65_HS1-834228961_62-HQ-83894_Section_6
Agency: FBI
Page 142
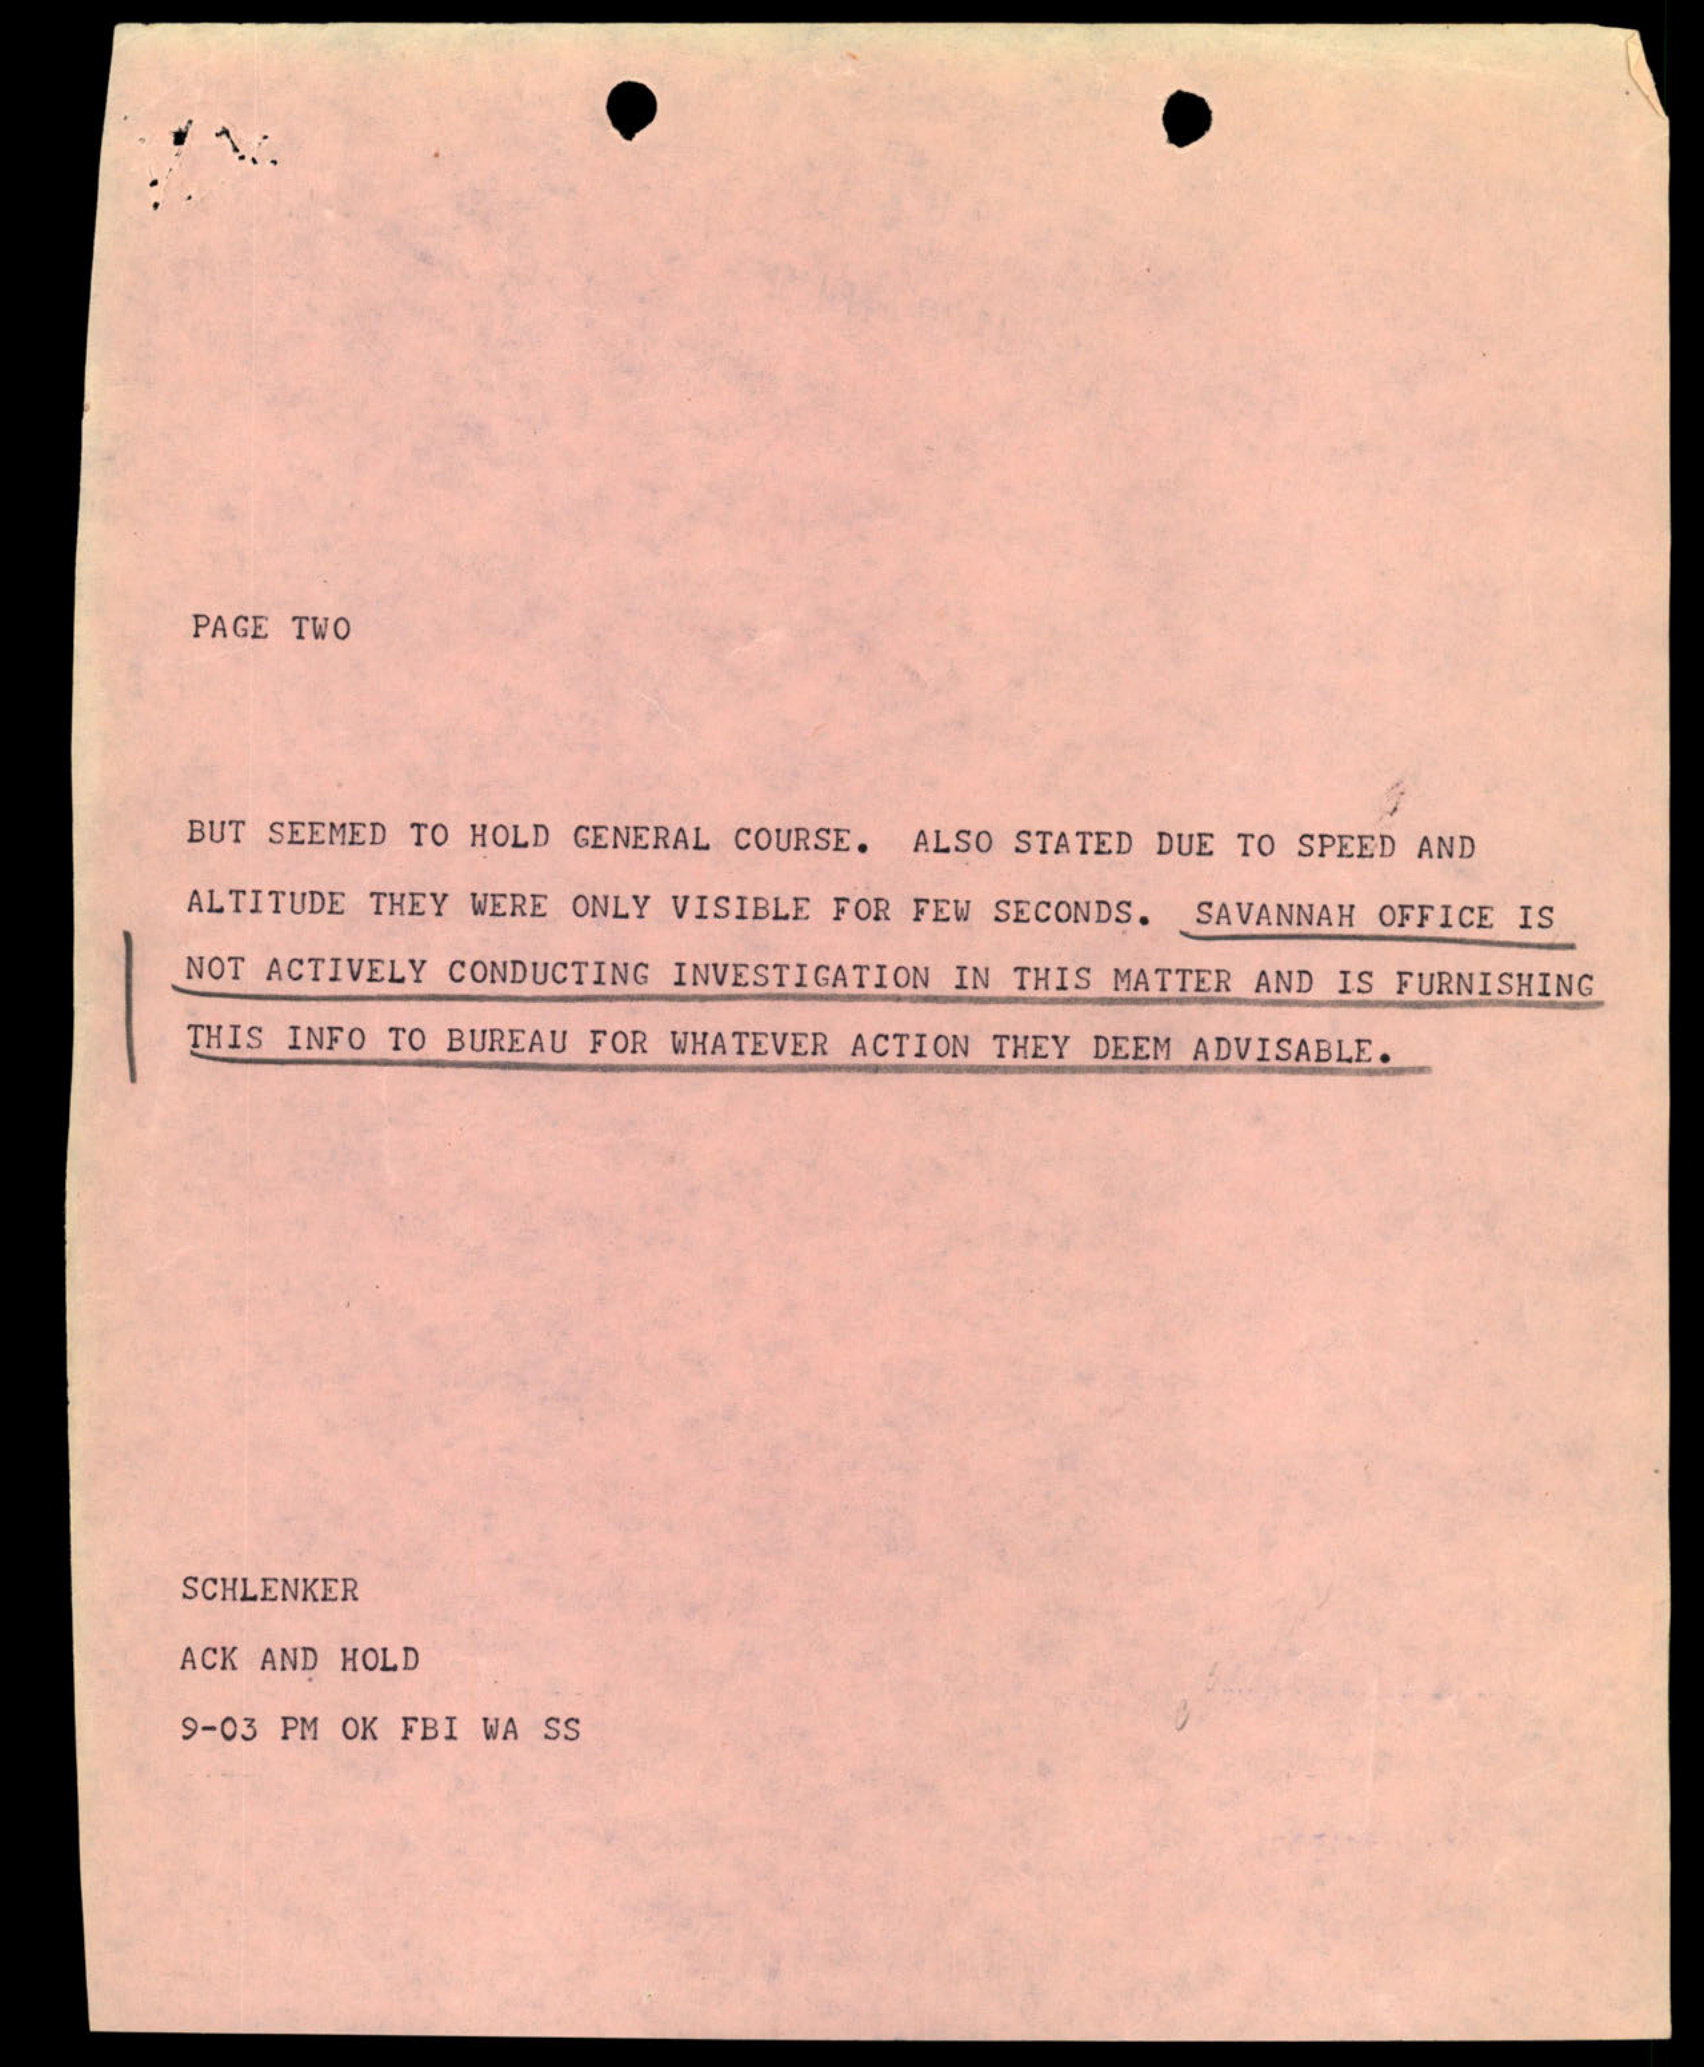